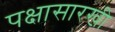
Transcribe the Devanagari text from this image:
पक्षासारखी